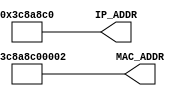

// Copyright (C) Akira Higuchi  ( https://github.com/ahiguti )
// Copyright (C) DeNA Co.,Ltd. ( https://dena.com )
// All rights reserved.
// See COPYRIGHT.txt for details


module address_mac_ip(
output [47:0] MAC_ADDR,
output [31:0] IP_ADDR
);
parameter IP0 = 192;
parameter IP1 = 168;
parameter IP2 = 200;
parameter IP3 = 3;

wire [7:0] ip0 = IP0;
wire [7:0] ip1 = IP1;
wire [7:0] ip2 = IP2;
wire [7:0] ip3 = IP3;
assign MAC_ADDR = { ip3, ip2, ip1, ip0, 16'h0002 };
assign IP_ADDR = { ip3, ip2, ip1, ip0 };

endmodule